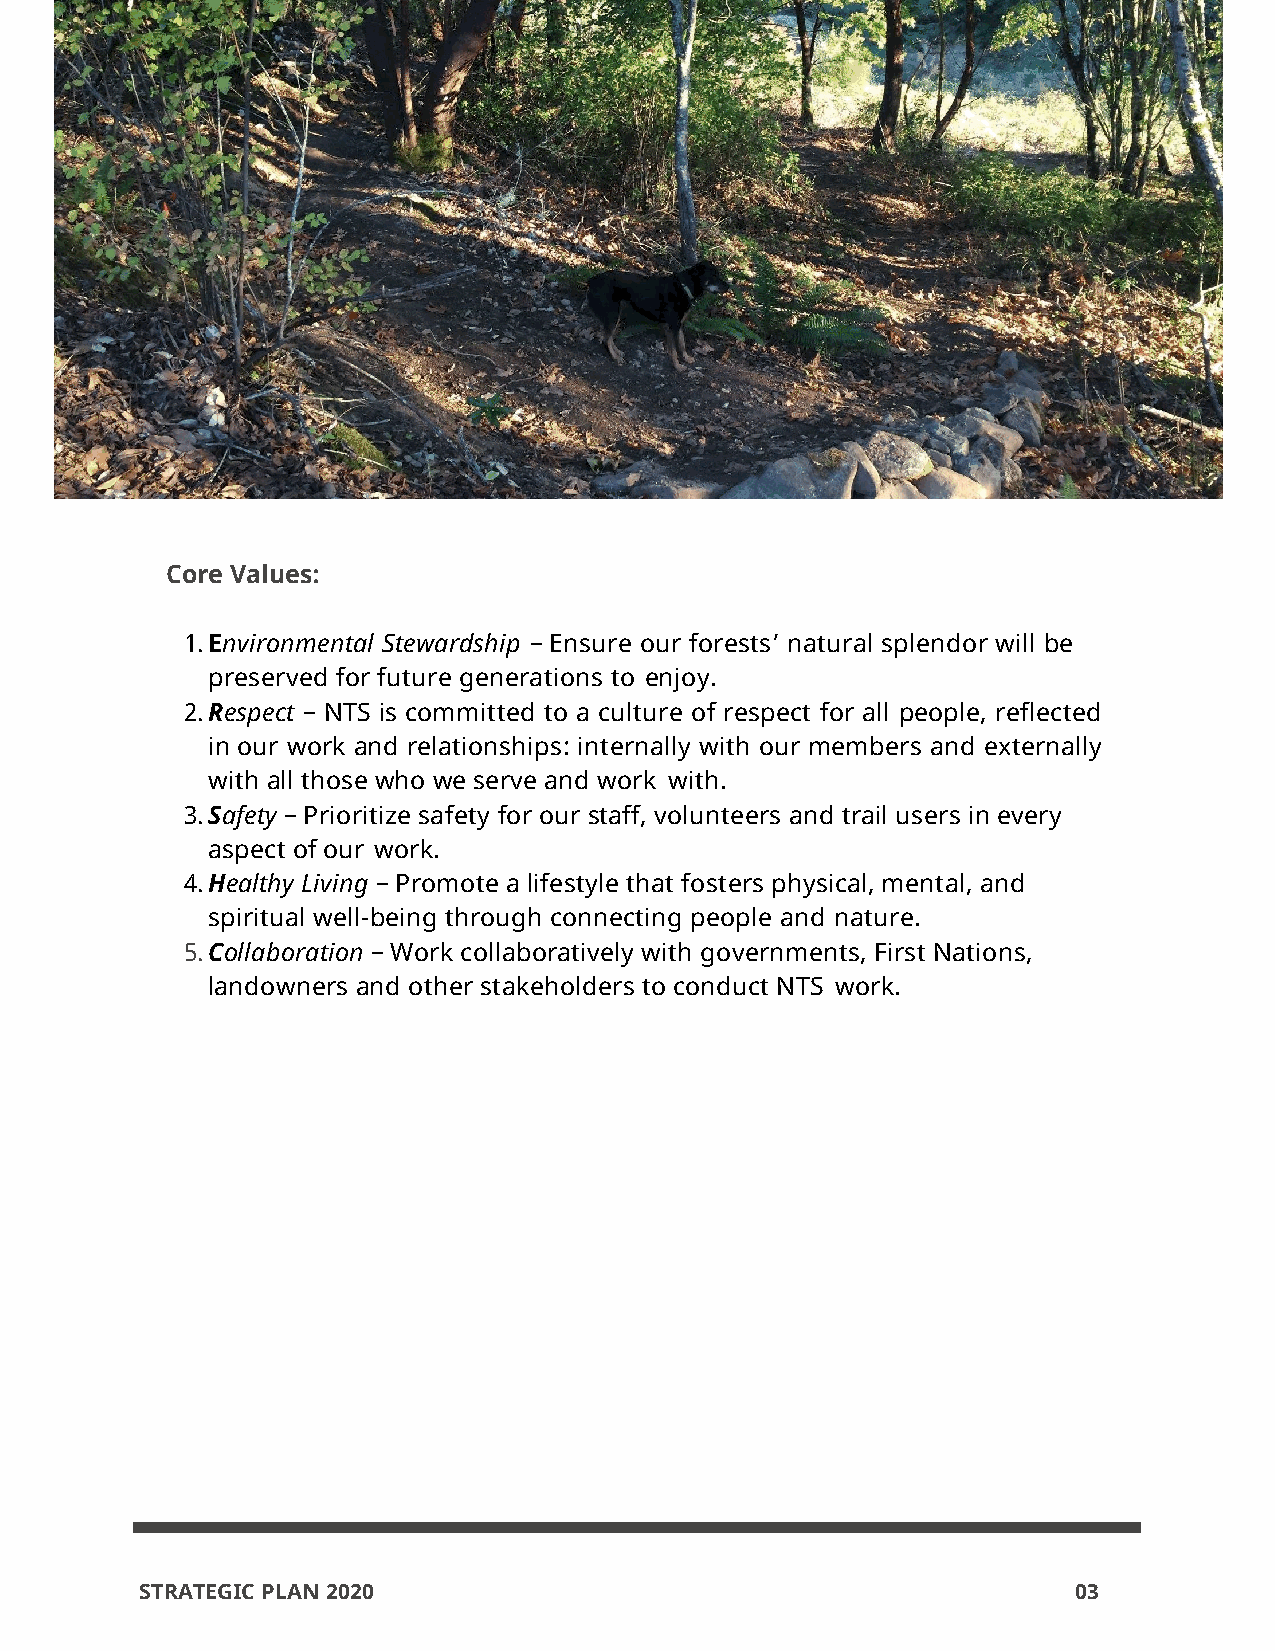
Core Values:
 1. Environmental Stewardship – Ensure our forests’ natural splendor will be
 preserved for future generations to enjoy.
 2. Respect – NTS is committed to a culture of respect for all people, reflected
 in our work and relationships: internally with our members and externally
 with all those who we serve and work with.
 3. Safety – Prioritize safety for our staff, volunteers and trail users in every
 aspect of our work.
 4. Healthy Living – Promote a lifestyle that fosters physical, mental, and
 spiritual well-being through connecting people and nature.
 5. Collaboration – Work collaboratively with governments, First Nations,
 landowners and other stakeholders to conduct NTS work.
 STRATEGIC PLAN 2020                                           03